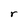
Character: r